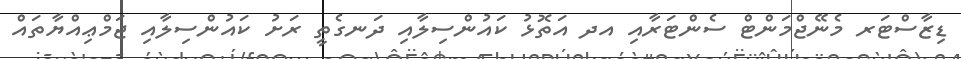
ޑިޒާސްޓަރ މެނޭޖްމަންޓް ސެންޓަރާއި އދ އަތޮޅު ކައުންސިލާއި ދަނގެތީ ރަށު ކައުންސިލާއި ޖަމްޢިއްޔާތައް